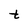
Character: t